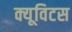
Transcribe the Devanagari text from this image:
क्यूविटस